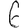
Digit: 6